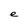
Character: e